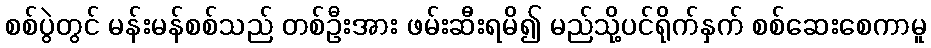
စစ်ပွဲတွင် မန်းမန်စစ်သည် တစ်ဦးအား ဖမ်းဆီးရမိ၍ မည်သို့ပင်ရိုက်နှက် စစ်ဆေးစေကာမူ